Indian journal of veterinary science and animal husbandry - Volume 13,
Year: 1943
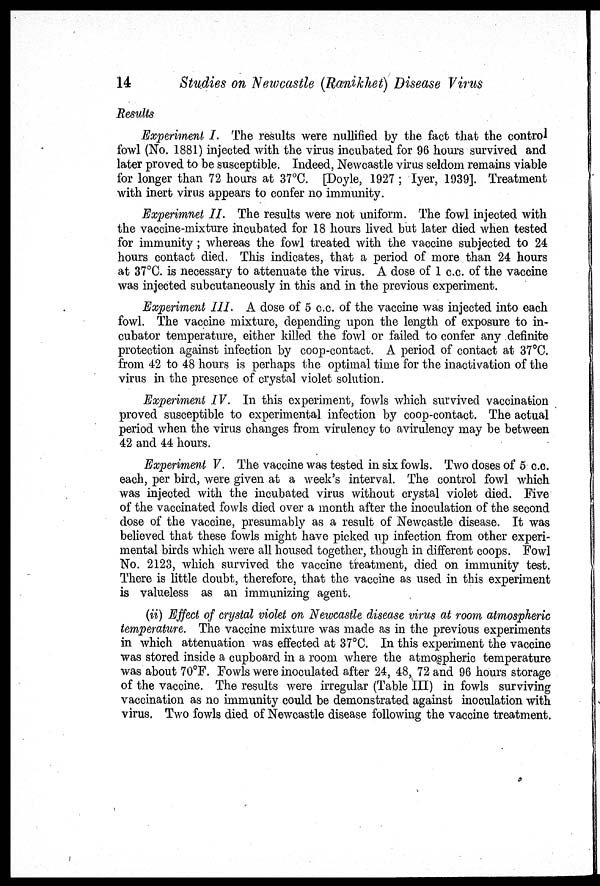
14
Studies on Newcastle (Ranikhet) Disease Virus
Results
Experiment I. The results were nullified by the fact that the control
fowl (No. 1881) injected with the virus incubated for 96 hours survived and
later proved to be susceptible. Indeed, Newcastle virus seldom remains viable
for longer than 72 hours at 37°C. [Doyle, 1927 ; Iyer, 1939]. Treatment
with inert virus appears to confer no immunity.
Experimnet II. The results were not uniform. The fowl injected with
the vaccine-mixture incubated for 18 hours lived but later died when tested
for immunity ; whereas the fowl treated with the vaccine subjected to 24
hours contact died. This indicates, that a period of more than 24 hours
at 37°C. is necessary to attenuate the virus. A dose of 1 c.c. of the vaccine
was injected subcutaneously in this and in the previous experiment.
Experiment III. A dose of 5 c.c. of the vaccine was injected into each
fowl. The vaccine mixture, depending upon the length of exposure to in-
cubator temperature, either killed the fowl or failed to confer any definite
protection against infection by coop-contact. A period of contact at 37°C.
from 42 to 48 hours is perhaps the optimal time for the inactivation of the
virus in the presence of crystal violet solution.
Experiment IV. In this experiment, fowls which survived vaccination
proved susceptible to experimental infection by coop-contact. The actual
period when the virus changes from virulency to avirulency may be between
42 and 44 hours.
Experiment V. The vaccine was tested in six fowls. Two doses of 5 c.c.
each, per bird, were given at a week's interval. The control fowl which
was injected with the incubated virus without crystal violet died. Five
of the vaccinated fowls died over a month after the inoculation of the second
dose of the vaccine, presumably as a result of Newcastle disease. It was
believed that these fowls might have picked up infection from other experi-
mental birds which were all housed together, though in different coops. Fowl
No. 2123, which survived the vaccine treatment, died on immunity test.
There is little doubt, therefore, that the vaccine as used in this experiment
is valueless as an immunizing agent.
(ii) Effect of crystal violet on Newcastle disease virus at room atmospheric
temperature. The vaccine mixture was made as in the previous experiments
in which attenuation was effected at 37°C. In this experiment the vaccine
was stored inside a cupboard in a room where the atmospheric temperature
was about 70°F. Fowls were inoculated after 24, 48, 72 and 96 hours storage
of the vaccine. The results were irregular (Table III) in fowls surviving
vaccination as no immunity could be demonstrated against inoculation with
virus. Two fowls died of Newcastle disease following the vaccine treatment.